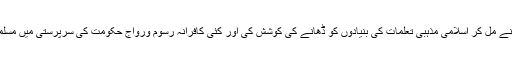
درباری چمچے، شاہی امام اور پنڈتوں نے مل کر اسلامی مذہبی تعلمات کی بنیادوں کو ڈھانے کی کوشش کی اور کئی کافرانہ رسوم ورواج حکومت کی سرپرستی میں مسلمانوں کے درمیان پروان چڑھائے گئے۔